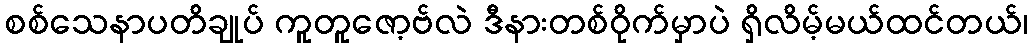
စစ်သေနာပတိချုပ် ကူတူဇော့ဗ်လဲ ဒီနားတစ်ဝိုက်မှာပဲ ရှိလိမ့်မယ်ထင်တယ်၊